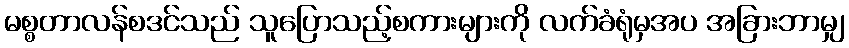
မစ္စတာလန်စဒင်သည် သူပြောသည့်စကားများကို လက်ခံရုံမှအပ အခြားဘာမျှ